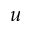
u